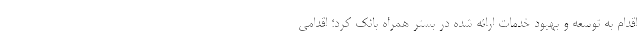
اقدام به توسعه و بهبود خدمات ارائه شده در بستر همراه بانک کرد؛ اقدامی